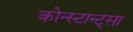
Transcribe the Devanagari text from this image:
कोन्स्टान्ट्सा